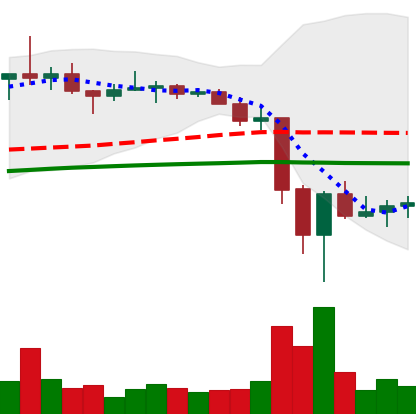
Ticker: TRX-USD
Chart end date: 2022-06-19
Forward return: 7.165%
Label: up_7plus